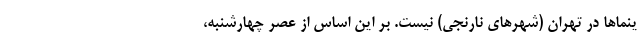
ینما‌ها در تهران (شهر‌های نارنجی) نیست. بر این اساس از عصر چهارشنبه،